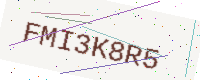
Text: FMI3K8R5